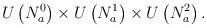
LaTeX: \begin{align*}U\left(N^0_a \right) \times U\left(N^1_a \right)\times U\left(N^2_a \right).\end{align*}